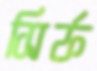
সির্ফ